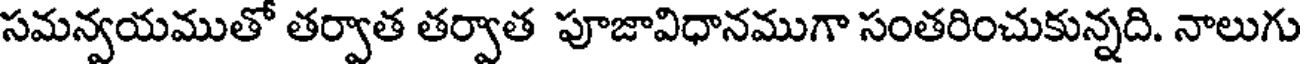
సమన్వయముతో తర్వాత తర్వాత పూజావిధానముగా సంతరించుకున్నది. నాలుగు